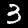
Label: 3